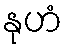
နုဟံ